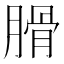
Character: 𦞽